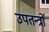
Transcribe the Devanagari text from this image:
उपतन्त्रों